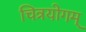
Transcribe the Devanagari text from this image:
चित्रयोगम्